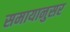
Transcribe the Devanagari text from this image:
समायानुसर